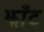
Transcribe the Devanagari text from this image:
झाँट